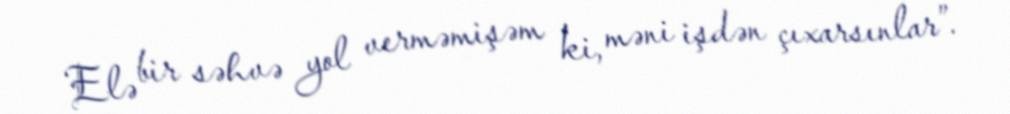
Elə bir səhvə yol verməmişəm ki, məni işdən çıxarsınlar”.